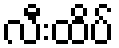
လီးထိပ်